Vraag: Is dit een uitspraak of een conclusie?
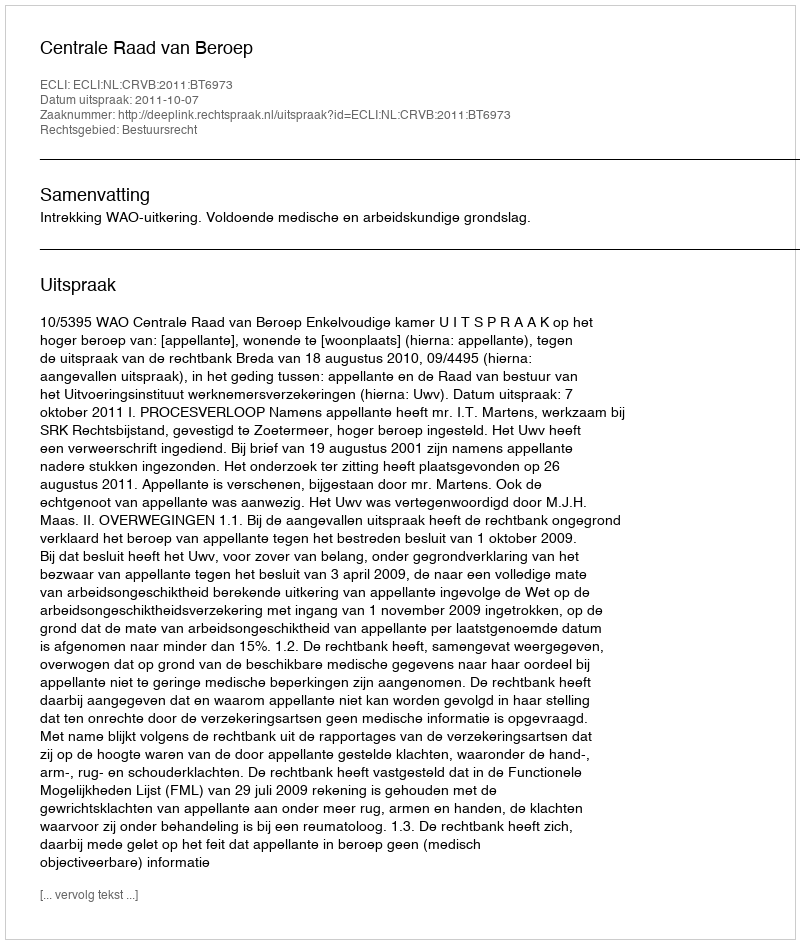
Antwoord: Uitspraak